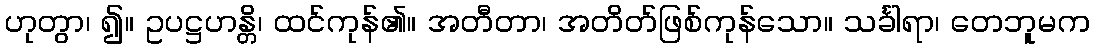
ဟုတွာ၊ ၍။ ဥပဋ္ဌဟန္တိ၊ ထင်ကုန်၏။ အတီတာ၊ အတိတ်ဖြစ်ကုန်သော။ သင်္ခါရာ၊ တေဘူမက